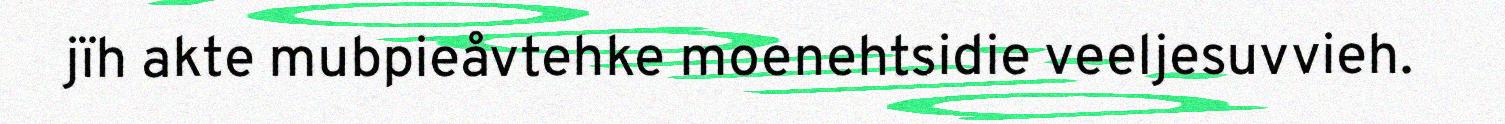
jïh akte mubpieåvtehke moenehtsidie veeljesuvvieh.